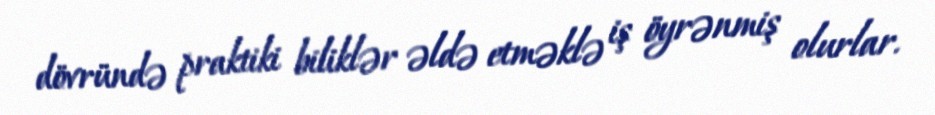
dövründə praktiki biliklər əldə etməklə iş öyrənmiş olurlar.